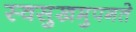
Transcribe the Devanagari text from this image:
स्वसुखमुपगते